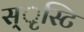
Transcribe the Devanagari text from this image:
स्ृस्टि